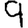
Digit: 9